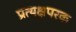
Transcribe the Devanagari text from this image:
प्रत्यक्षपरक